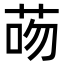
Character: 𦮶